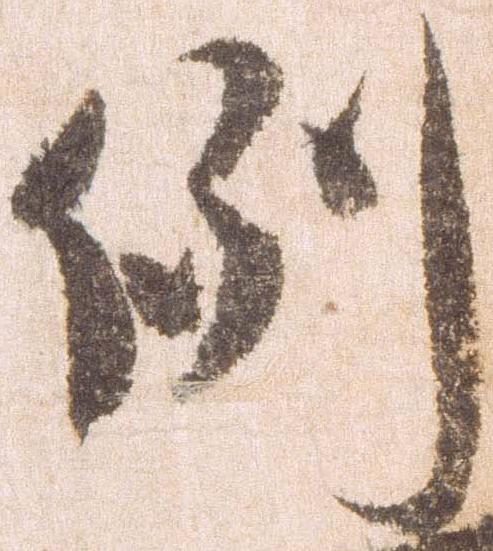
例